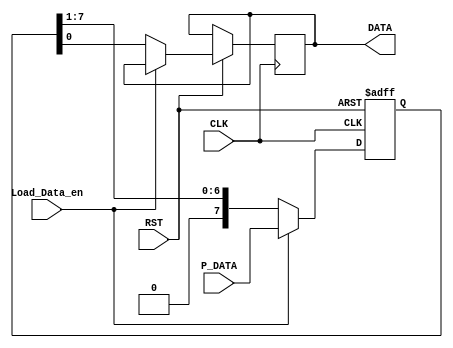
module Serializer 
(
   //-------------------------------Input Ports------------------------------------//
    input      wire      [7:0]                         P_DATA,
    input      wire                                    CLK,
    input      wire                                    RST,
    input      wire                                    Load_Data_en,
  //-------------------------------Output Ports-----------------------------------//
    output     reg                                     DATA
);

reg    [7:0]  Parallel_Data;

// Store the Parallel Data (Sequential Logic)
always @(posedge CLK or negedge RST)
    begin
        if (!RST)
            begin
                Parallel_Data   <=   8'b0;
            end
        else if (Load_Data_en)
            begin
                Parallel_Data   <=   P_DATA;
            end
        else 
            begin
                Parallel_Data   <=   {1'b0,Parallel_Data[7:1]};
                DATA            <= Parallel_Data[0];
            end
    end


endmodule